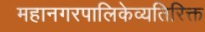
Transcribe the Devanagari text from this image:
महानगरपालिकेव्यतिरिक्त